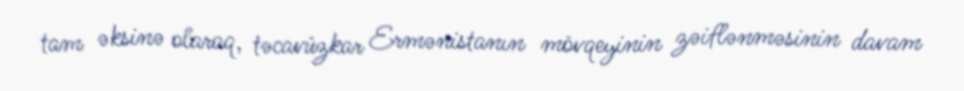
tam əksinə olaraq, təcavüzkar Ermənistanın mövqeyinin zəiflənməsinin davam